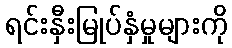
ရင်းနှီးမြုပ်နှံမှုများကို